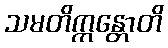
သမတိက္ကန္တောတိ